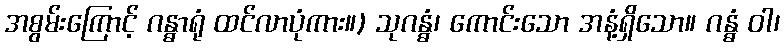
အစွမ်းကြောင့် ဂန္ဓာရုံ ထင်လာပုံကား။) သုဂန္ဓံ၊ ကောင်းသော အနံ့ရှိသော။ ဂန္ဓံ ဝါ၊